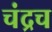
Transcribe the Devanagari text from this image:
चंद्रच